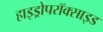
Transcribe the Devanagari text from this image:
हाइड्रोपरॉक्साइड